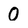
Character: 0